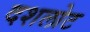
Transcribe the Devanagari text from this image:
दशलोट